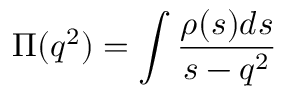
\Pi ( q ^ { 2 } ) = \int \frac { \rho ( s ) d s } { s - q ^ { 2 } }